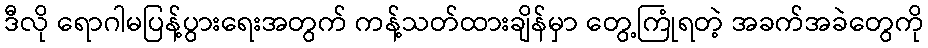
ဒီလို ရောဂါမပြန့်ပွားရေးအတွက် ကန့်သတ်ထားချိန်မှာ တွေ့ကြုံရတဲ့ အခက်အခဲတွေကို